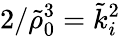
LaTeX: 2/\tilde{\rho}_{0}^{3}=\tilde{k}_{i}^{2}